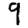
Digit: 9